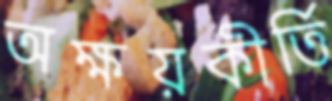
অক্ষয়কীর্তি